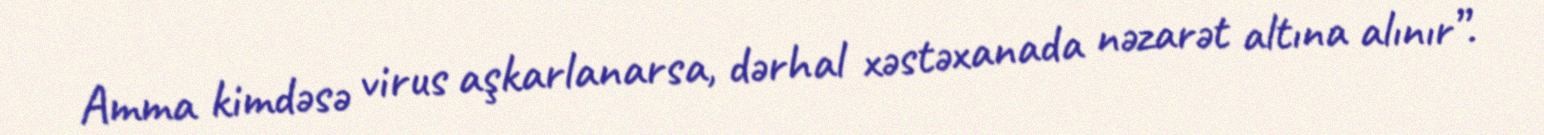
Amma kimdəsə virus aşkarlanarsa, dərhal xəstəxanada nəzarət altına alınır”.